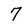
Character: 7